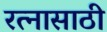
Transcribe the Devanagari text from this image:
रत्‍नासाठी